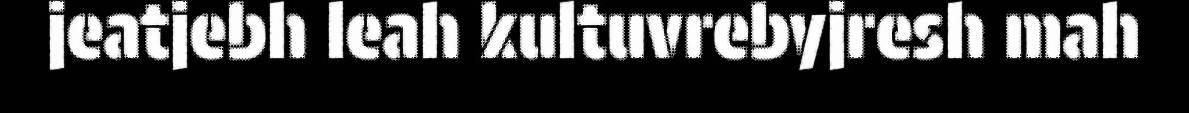
jeatjebh leah kultuvrebyjresh mah